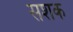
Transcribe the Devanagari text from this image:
सशक